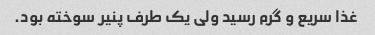
غذا سریع و گرم رسید ولی یک طرف پنیر سوخته بود.